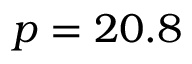
p = 2 0 . 8 \